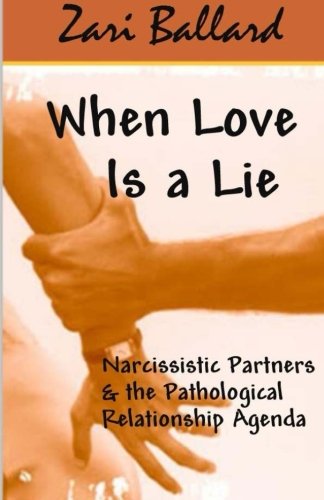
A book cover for When Love Is a Lie: Narcissistic Partners & the Pathological Relationship Agenda; Zari L Ballard; Self-Help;